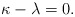
\begin{align*}\kappa-\lambda=0. \end{align*}